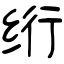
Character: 绗